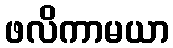
ဖလိကာမယာ